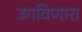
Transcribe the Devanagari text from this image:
उगविणारा